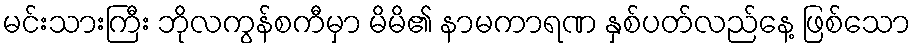
မင်းသားကြီး ဘိုလကွန်စကီမှာ မိမိ၏ နာမကာရဏ နှစ်ပတ်လည်နေ့ ဖြစ်သော